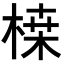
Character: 𭪷